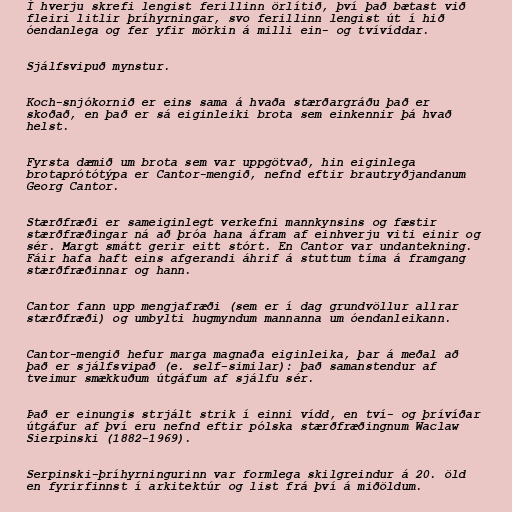
Í hverju skrefi lengist ferillinn örlítið, því það bætast við
fleiri litlir þríhyrningar, svo ferillinn lengist út í hið
óendanlega og fer yfir mörkin á milli ein- og tvívíddar.

Sjálfsvipuð mynstur.

Koch-snjókornið er eins sama á hvaða stærðargráðu það er
skoðað, en það er sá eiginleiki brota sem einkennir þá hvað
helst.

Fyrsta dæmið um brota sem var uppgötvað, hin eiginlega
brotaprótótýpa er Cantor-mengið, nefnd eftir brautryðjandanum
Georg Cantor.

Stærðfræði er sameiginlegt verkefni mannkynsins og fæstir
stærðfræðingar ná að þróa hana áfram af einhverju viti einir og
sér. Margt smátt gerir eitt stórt. En Cantor var undantekning.
Fáir hafa haft eins afgerandi áhrif á stuttum tíma á framgang
stærðfræðinnar og hann.

Cantor fann upp mengjafræði (sem er í dag grundvöllur allrar
stærðfræði) og umbylti hugmyndum mannanna um óendanleikann.

Cantor-mengið hefur marga magnaða eiginleika, þar á meðal að
það er sjálfsvipað (e. self-similar): það samanstendur af
tveimur smækkuðum útgáfum af sjálfu sér.

Það er einungis strjált strik í einni vídd, en tví- og þrívíðar
útgáfur af því eru nefnd eftir pólska stærðfræðingnum Waclaw
Sierpinski (1882-1969).

Serpinski-þríhyrningurinn var formlega skilgreindur á 20. öld
en fyrirfinnst í arkitektúr og list frá því á miðöldum.